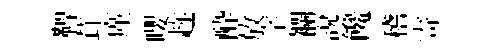
鞞茸廑嚶趂酔放字襴説饞稽寄